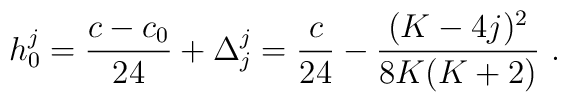
h^j_0 = {{c-c_0}\over24}+\Delta^j_j ={c\over24}-{{(K-4j)^2}\over{8K(K+2)}}{}~.